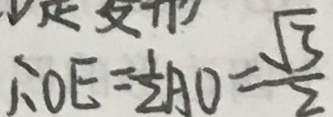
\therefore 0 E = \frac { 1 } { 2 } A O = \frac { \sqrt { 3 } } { 2 }